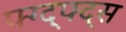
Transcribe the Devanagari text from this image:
फ्ग्द्फ्द्स